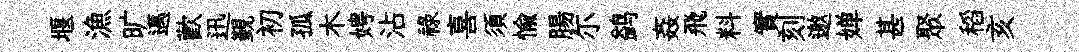
堰漁旷邁歡迅覲初孤木娉沾祿喜須愉腸尓鹢姦飛料實刻邀婵甚聚稻亥